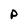
Character: p